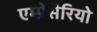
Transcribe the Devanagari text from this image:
एम्प्रेसैरियो